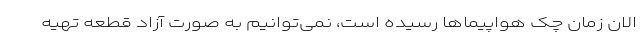
الان زمان چک هواپیماها رسیده است، نمی‌توانیم به صورت آزاد قطعه تهیه